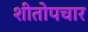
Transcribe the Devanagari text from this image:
शीतोपचार